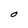
Character: O